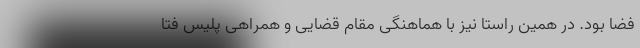
فضا بود. در همین راستا نیز با هماهنگی مقام قضایی و همراهی پلیس فتا